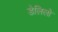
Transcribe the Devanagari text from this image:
डेलिलो